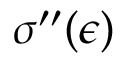
\sigma ^ { \prime \prime } ( \epsilon )